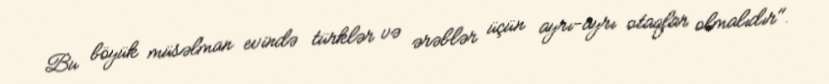
Bu böyük müsəlman evində türklər və ərəblər üçün ayrı-ayrı otaqlar olmalıdır".